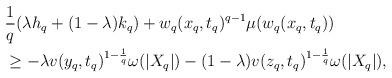
LaTeX: \begin{align*}\begin{aligned}&{1\over q}(\lambda h_q+(1-\lambda) k_q)+w_q(x_q, t_q)^{q-1} \mu(w_q(x_q, t_q))\\&\geq -\lambda v(y_q, t_q)^{1-{1\over q}}\omega(|X_q|)-(1-\lambda)v(z_q, t_q)^{1-{1\over q}}\omega(|X_q|),\end{aligned}\end{align*}